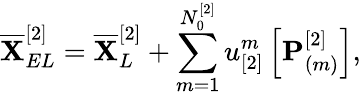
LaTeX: \overline{{\mathbf{X}}}_{EL}^{[2]}=\overline{{\mathbf{X}}}_{L}^{[2]}+\sum_{m=1}^{N_{0}^{[2]}}u_{[2]}^{m}\left[\mathbf{P}_{(m)}^{[2]}\right],